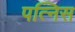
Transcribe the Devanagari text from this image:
पत्निस